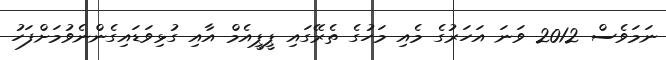
ނަމަވެސް 2012 ވަނަ އަހަރުގެ މެއި މަހުގެ ތެރޭގައި ޕީޕީއެމް އާއި ގުޅިވަޑައިގެންނެވުމަށްފަހު